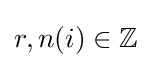
r,n(i)\in \mathbb {Z}